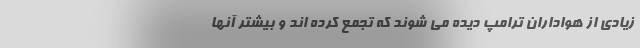
زیادی از هواداران ترامپ دیده می شوند که تجمع کرده اند و بیشتر آنها